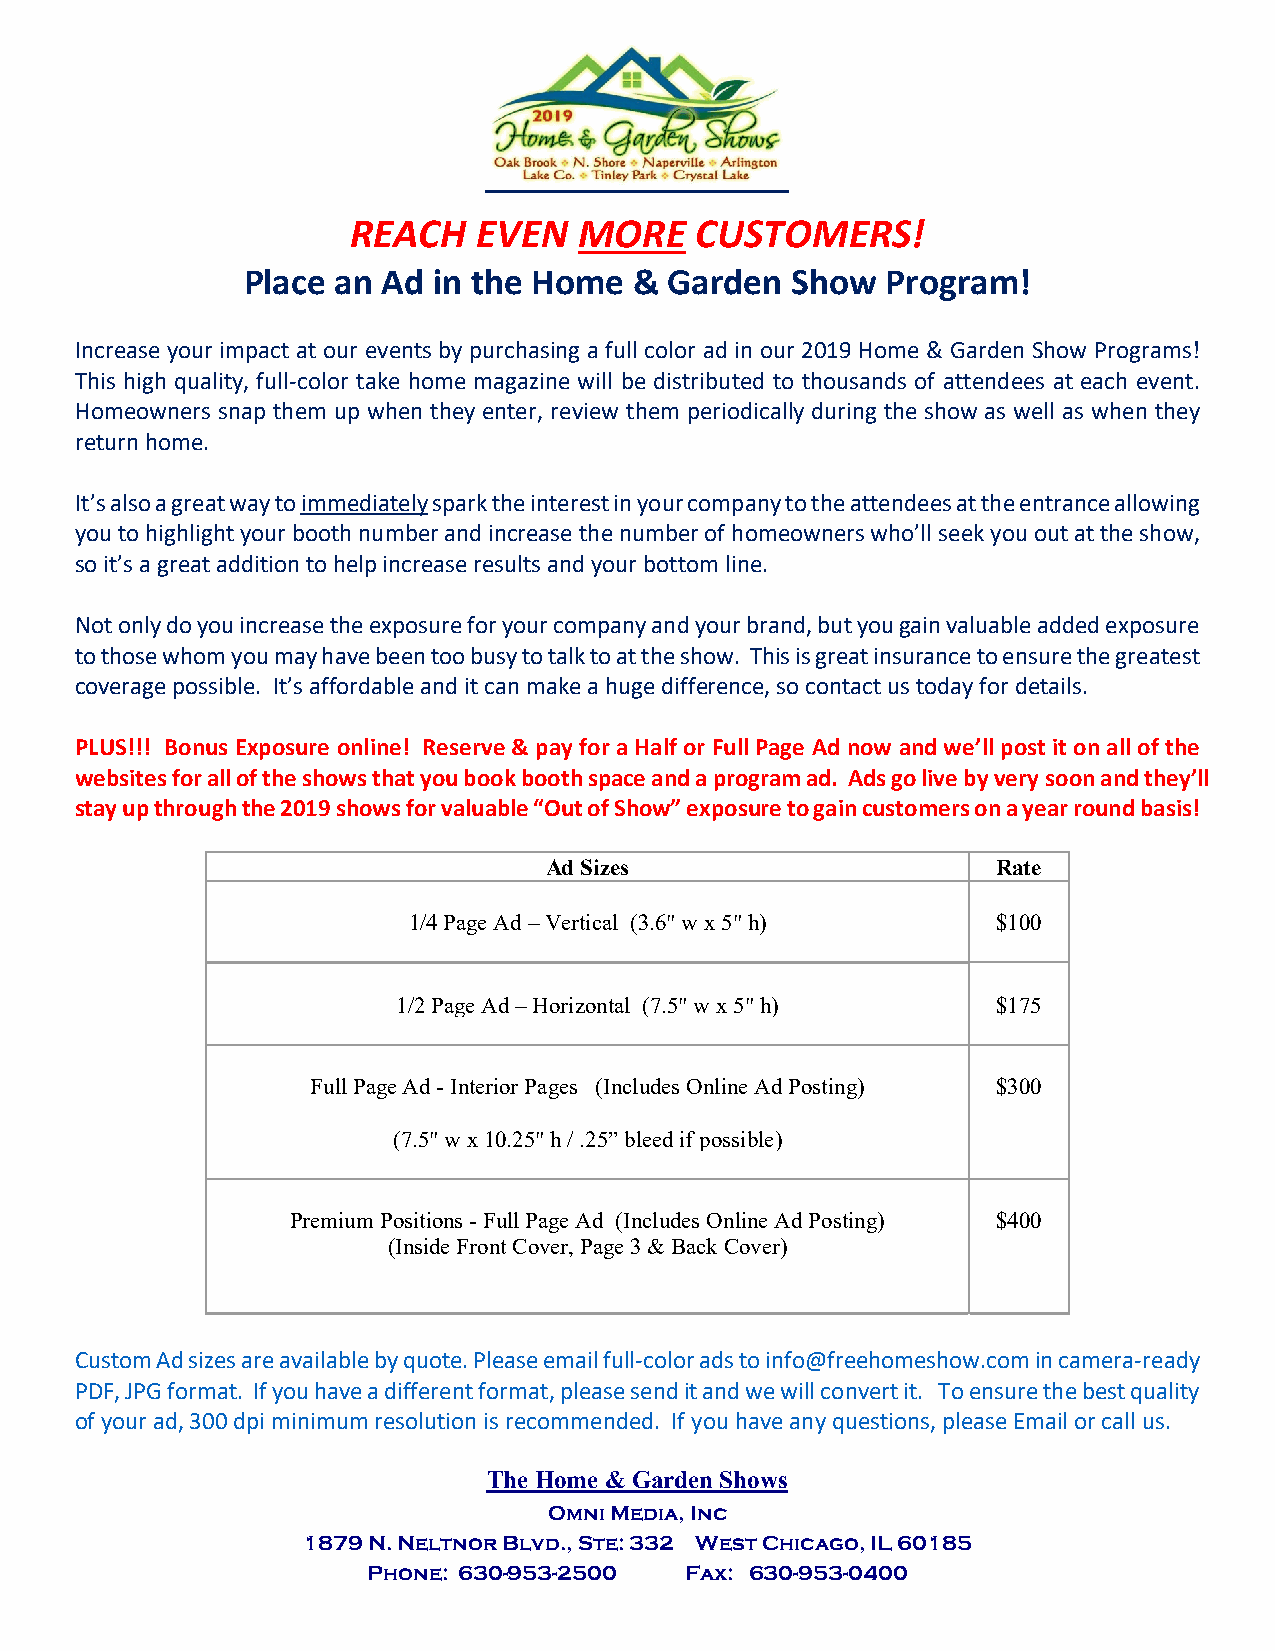
REACH    EVEN  MORE    CUSTOMERS!
 Place an Ad  in the Home  & Garden  Show   Program!
 Increase your impact at our events by purchasing a full color ad in our 2019 Home & Garden Show Programs!
 This high quality, full‐color take home magazine will be distributed to thousands of attendees at each event.
 Homeowners snap them up when they enter, review them periodically during the show as well as when they
 return home.
 It’s also a great way to immediately spark the interest in your company to the attendees at the entrance allowing
 you to highlight your booth number and increase the number of homeowners who’ll seek you out at the show,
 so it’s a great addition to help increase results and your bottom line.
 Not only do you increase the exposure for your company and your brand, but you gain valuable added exposure
 to those whom you may have been too busy to talk to at the show. This is great insurance to ensure the greatest
 coverage possible. It’s affordable and it can make a huge difference, so contact us today for details.
 PLUS!!! Bonus Exposure online! Reserve & pay for a Half or Full Page Ad now and we’ll post it on all of the
 websites for all of the shows that you book booth space and a program ad. Ads go live by very soon and they’ll
 stay up through the 2019 shows for valuable “Out of Show” exposure to gain customers on a year round basis!
 Ad Sizes                      Rate
 1/4 Page Ad –Vertical (3.6" w x 5" h)  $100
 1/2 Page Ad –Horizontal (7.5" w x 5" h) $175
 Full Page Ad - Interior Pages (Includes Online AdPosting) $300
 (7.5" w x 10.25" h / .25” bleed if possible)
 Premium Positions - Full Page Ad (Includes Online AdPosting) $400
 (Inside Front Cover, Page 3 & Back Cover)
 Custom Ad sizes are available by quote. Please email full‐color ads to info@freehomeshow.com in camera‐ready
 PDF, JPG format. If you have a different format, please send it and we will convert it. To ensure the best quality
 of your ad, 300 dpi minimum resolution is recommended. If you have any questions, please Email or call us.
 The Home & Garden Shows
 Omni Media, Inc
 1879 N. Neltnor Blvd., Ste: 332 West Chicago, IL 60185
 Phone: 630-953-2500  Fax: 630-953-0400